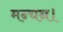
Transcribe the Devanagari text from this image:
मन्चन।